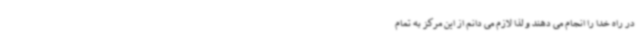
در راه خدا را انجام می دهند و لذا لازم می دانم از این مرکز به تمام